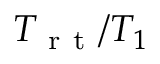
T _ { \mathrm { ~ r ~ t ~ } } / T _ { 1 }